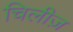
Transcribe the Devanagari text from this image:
चिलीज़